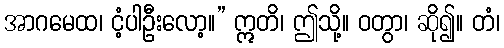
အာဂမေထ၊ ငံ့ပါဦးလော့။” ဣတိ၊ ဤသို့။ ဝတွာ၊ ဆို၍။ တံ၊